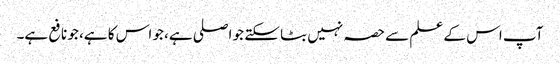
آپ اس کے علم سے حصہ نہیں بٹا سکتے جو اصلی ہے، جو اس کا ہے، جو نافع ہے۔